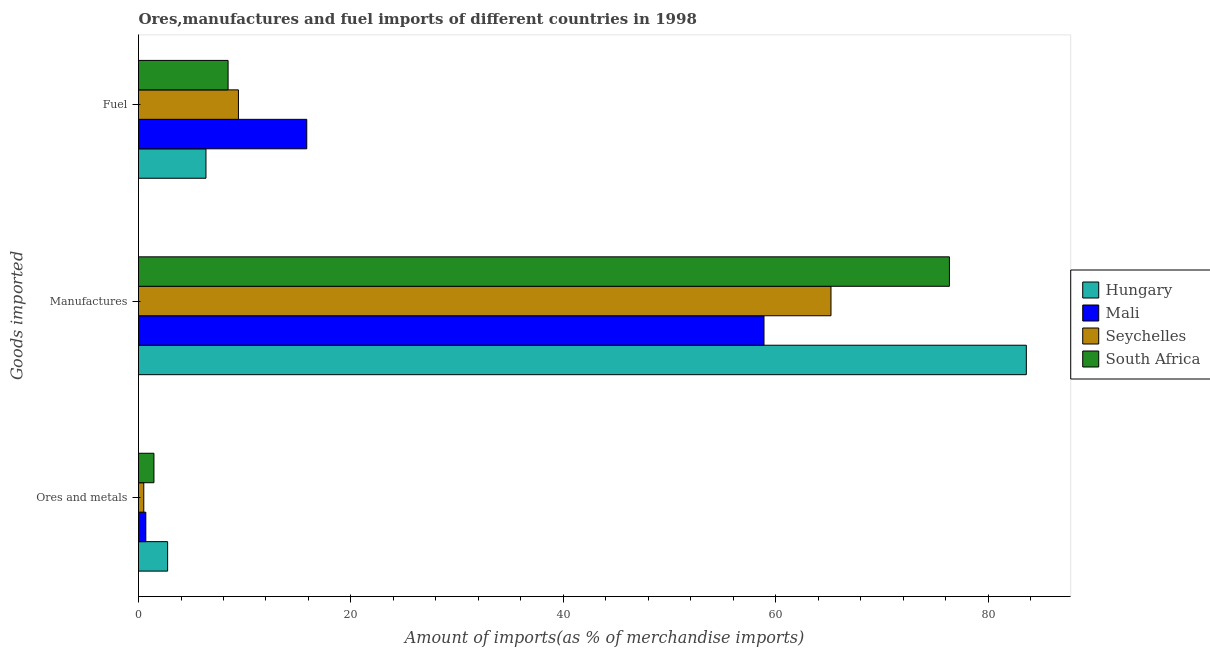
| Goods imported | Hungary | Mali | Seychelles | South Africa |
 | --- | --- | --- | --- | --- |
 | Ores and metals | 2.74 | 0.688 | 0.497 | 1.45 |
 | Manufactures | 83.6 | 58.9 | 65.2 | 76.3 |
 | Fuel | 6.35 | 15.8 | 9.41 | 8.43 |